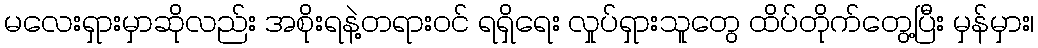
မလေးရှားမှာဆိုလည်း အစိုးရနဲ့တရားဝင် ရရှိရေး လှုပ်ရှားသူတွေ ထိပ်တိုက်တွေ့ပြီး မှန်မှား၊